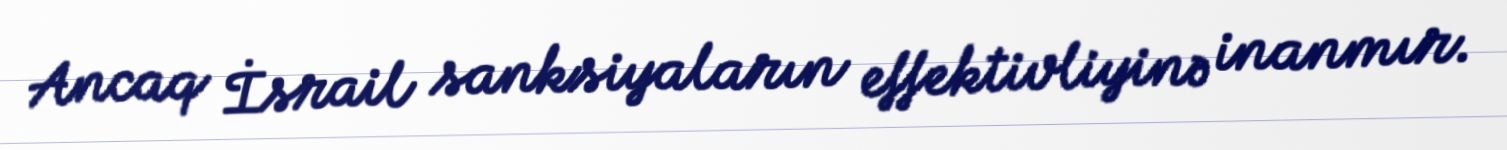
Ancaq İsrail sanksiyaların effektivliyinə inanmır.